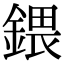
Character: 鍡